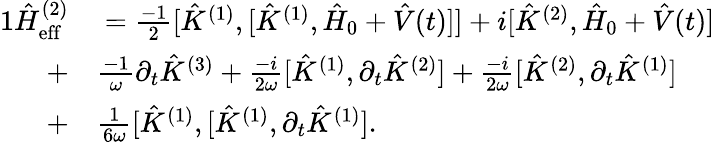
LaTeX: \begin{array}{rl}{{1}\hat{H}_{\mathrm{eff}}^{(2)}}&{{}=\frac{-1}{2}[\hat{K}^{(1)},[\hat{K}^{(1)},\hat{H}_{0}+\hat{V}(t)]]+i[\hat{K}^{(2)},\hat{H}_{0}+\hat{V}(t)]}\\ {+}&{{}\frac{-1}{\omega}\partial_{t}\hat{K}^{(3)}+\frac{-i}{2\omega}[\hat{K}^{(1)},\partial_{t}\hat{K}^{(2)}]+\frac{-i}{2\omega}[\hat{K}^{(2)},\partial_{t}\hat{K}^{(1)}]}\\ {+}&{{}\frac{1}{6\omega}[\hat{K}^{(1)},[\hat{K}^{(1)},\partial_{t}\hat{K}^{(1)}].}\end{array}